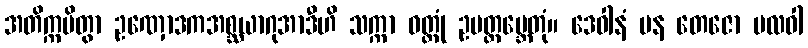
အတိက္ကမိတွာ ဥဏှောဒကအစ္ဆယာဂုအာဒီဟိ သက္ကာ ဝတ္ထုံ ဥပတ္ထမ္ဘေတုံ။ ဒေဝါနံ ပန တေဇော ဗလဝါ